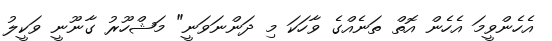
އެހެންވީމަ އެހެން އޮތް ތަނެއްގެ ވާހަކަ މި ދަންނަވަނީ" މަޝްހޫރު ގާނޫނީ ވަކީލު